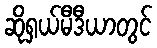
ဆိုရှယ်မီဒီယာတွင်